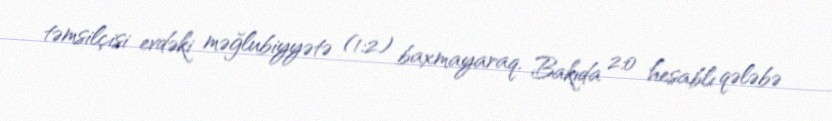
təmsilçisi evdəki məğlubiyyətə (1:2) baxmayaraq, Bakıda 2:0 hesablı qələbə